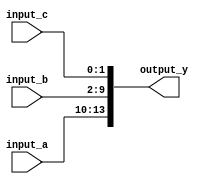
module concatenation_example (
    input wire [3:0] input_a,    // 4-bit input signal
    input wire [7:0] input_b,    // 8-bit input signal
    input wire [1:0] input_c,    // 2-bit input signal
    output wire [13:0] output_y   // Output signal to hold concatenated result (4 + 8 + 2 = 14 bits)
);

// Continuous assignment using concatenation
assign output_y = {input_a, input_b, input_c}; // Concatenate input_a, input_b, and input_c

endmodule